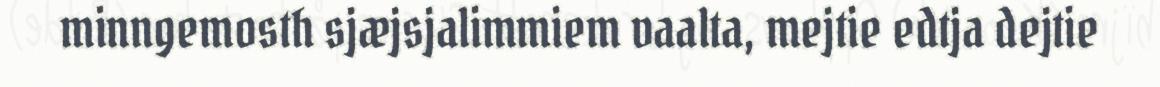
minngemosth sjæjsjalimmiem vaalta, mejtie edtja dejtie